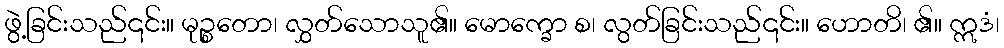
ဖွဲ့ခြင်းသည်၎င်း။ မုဉ္စတော၊ လွှတ်သောသူ၏။ မောက္ခော စ၊ လွတ်ခြင်းသည်၎င်း။ ဟောတိ၊ ၏။ ဣဒံ၊